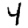
Digit: 4